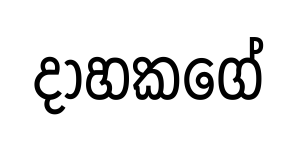
දාහකගේ